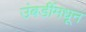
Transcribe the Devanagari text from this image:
उंबर्डीमधून